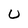
Character: U